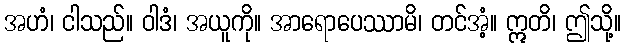
အဟံ၊ ငါသည်။ ဝါဒံ၊ အယူကို။ အာရောပေဿာမိ၊ တင်အံ့။ ဣတိ၊ ဤသို့။